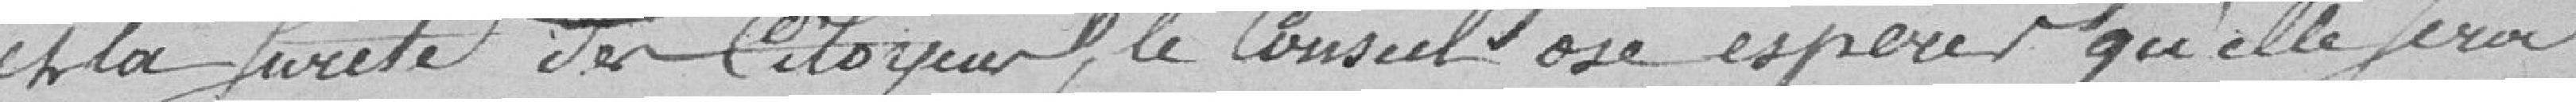
et la sûreté du citoyen, le conseil ose espérer qu'elle sera